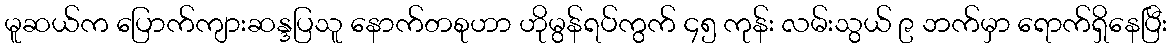
မူဆယ်က ပြောက်ကျားဆန္ဒပြသူ နောက်တစုဟာ ဟိုမွန်ရပ်ကွက် ၄၅ ကုန်း လမ်းသွယ် ၉ ဘက်မှာ ရောက်ရှိနေပြီး